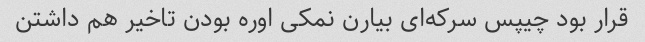
قرار بود چیپس سرکه‌ای بیارن نمکی اوره بودن تاخیر هم داشتن